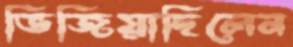
ভিজিয়াছিলেন